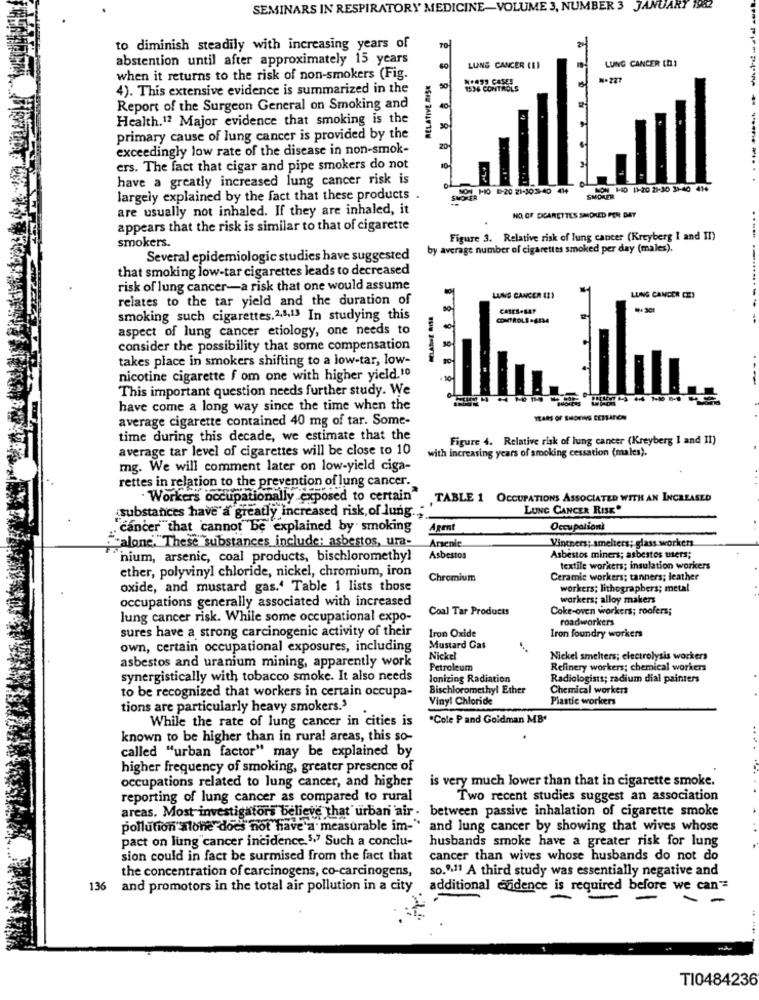
SEMINARS IN RESPIRATORY MEDICINE-VOLUME 3, NUMBER 3 JANUARY 1982
to diminish steadily with increasing years of
abstention until after approximately 15 years
LUNG CANCER (D)
RELATIVE RISK
LUNG CANCER (11
when it returns to the risk of non-smokers (Fig.
N+499 CASES
N.227
4). This extensive evidence is summarized in the
50
1536 CONTROLS
Report of the Surgeon General on Smoking and
40
Health.12 Major evidence that smoking is the
primary cause of lung cancer is provided by the
exceedingly low rate of the disease in non-smok-
ers. The fact that cigar and pipe smokers do not
10
have a greatly increased lung cancer risk is
SON 1O D-20 21-305-40 414
NON HO 11-20 21-30 31-40 414
largely explained by the fact that these products
SMORER
SMOKER
are usually not inhaled. If they are inhaled, it
HO OF CIGARETTES SMOKED PER DAY
appears that the risk is similar to that of cigarette
smokers.
Figure 3. Relative risk of lung cancer (Kreyberg I and II)
by average number of cigarettes smoked per day (males).
Several epidemiologic studies have suggested
that smoking low-tar cigarettes leads to decreased
risk of lung cancer-a risk that one would assume
relates to the tar yield and the duration of
LUNG CANCER (I)
LUNG CANCER CE)
CASES.BAT
smoking such cigarettes. 28,13 In studying this
CONTROLS -6534
aspect of lung cancer etiology, one needs to
consider the possibility that some compensation
takes place in smokers shifting to a low-tar, low-
nicotine cigarette f om one with higher yield.10
This important question needs further study. We
have come a long way since the time when the
average cigarette contained 40 mg of tar. Some-
time during this decade, we estimate that the
Figure 4. Relative risk of lung cancer (Kreyberg I and II)
average tar level of cigarettes will be close to 10
with increasing years of smoking cessation (males).
mg. We will comment later on low-yield ciga-
rettes in relation to the prevention of lung cancer.
· Workers occupationally exposed to certain"
TABLE 1 OCCUPATIONS ASSOCIATED WITH AN INCREASED
LUNG CANCER RISK"
substances have a greatly increased risk, of lung."
. cancer"that cannot be explained by smoking
Agent
Occupationt
"-alone."These substances include: asbestos, ura-
Arsenle
Vintners; smelters; glass workers
nium, arsenic, coal products, bischloromethyl
Asbestos
Asbestos miners; asbestos users;
ether, polyvinyl chloride, nickel, chromium, iron
textile workers; insulation workers
Chromium
Ceramic workers; tanners; leather
oxide, and mustard gas.' Table 1 lists those
workers; lithographers; metal
occupations generally associated with increased
workers; alloy makers
Coal Tar Products
Coke-oven workers; roofers;
lung cancer risk. While some occupational expo-
roadworkers
sures have a strong carcinogenic activity of their
Iron foundry workers
Iron Oxide
own, certain occupational exposures, including
Mustard Gas
asbestos and uranium mining, apparently work
Nickel
Nickel smelters; electrolysis workers
Petroleum
Refinery workers; chemical workers
synergistically with tobacco smoke. It also needs
Ionizing Radiation
Radiologists; radium dial painters
Bischloromethyl Ether
Chemical workers
to be recognized that workers in certain occupa-
Vinyl Chloride
Plastic workers
tions are particularly heavy smokers.'
While the rate of lung cancer in cities is
"Cole Pand Goldman MB'
known to be higher than in rural areas, this so-
called "urban factor" may be explained by
higher frequency of smoking, greater presence of
is very much lower than that in cigarette smoke.
occupations related to lung cancer, and higher
reporting of lung cancer as compared to rural
Two recent studies suggest an association
areas. Most investigators believe that urban air . between passive inhalation of cigarette smoke
pollution alone does not have a measurable im-" and lung cancer by showing that wives whose
pact on lung cancer incidence .. " Such a conclu-
husbands smoke have a greater risk for lung
sion could in fact be surmised from the fact that
cancer than wives whose husbands do not do
so."11 A third study was essentially negative and
the concentration of carcinogens, co-carcinogens,
136
and promotors in the total air pollution in a city
additional endence is required before we can"=
-
-
TI0484236